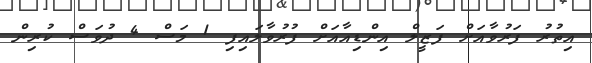
އިތުރު ފަރުވާއަށް ފަޒީލް އިންޑިއާއަށް ފުރުވާލައިފި 1 މަސް 4 ދުވަސް ކުރިން